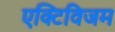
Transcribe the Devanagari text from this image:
एक्टिविजम